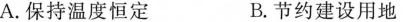
A.保持温度恒定 B.节约建设用地